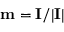
\mathbf { m } = \mathbf { I } / \vert \mathbf { I } \vert